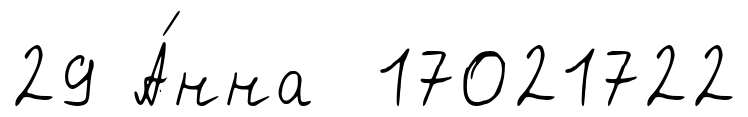
29 А́нна 17021722